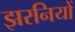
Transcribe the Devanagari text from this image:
झरनियों